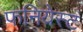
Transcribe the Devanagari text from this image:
फनियेस्ट